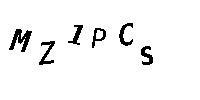
MZ1PCS